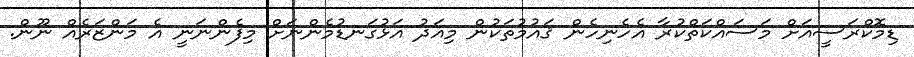
ޑިމޮކްރަސީއަށް މަސައްކަތްކުރާ އެހެނިހެން ޤައުމުތަކުން މިއަދު އަޅުގަނޑުމެންނަށް މިފެންނަނީ އެ މަންޒަރެއް ނޫން.